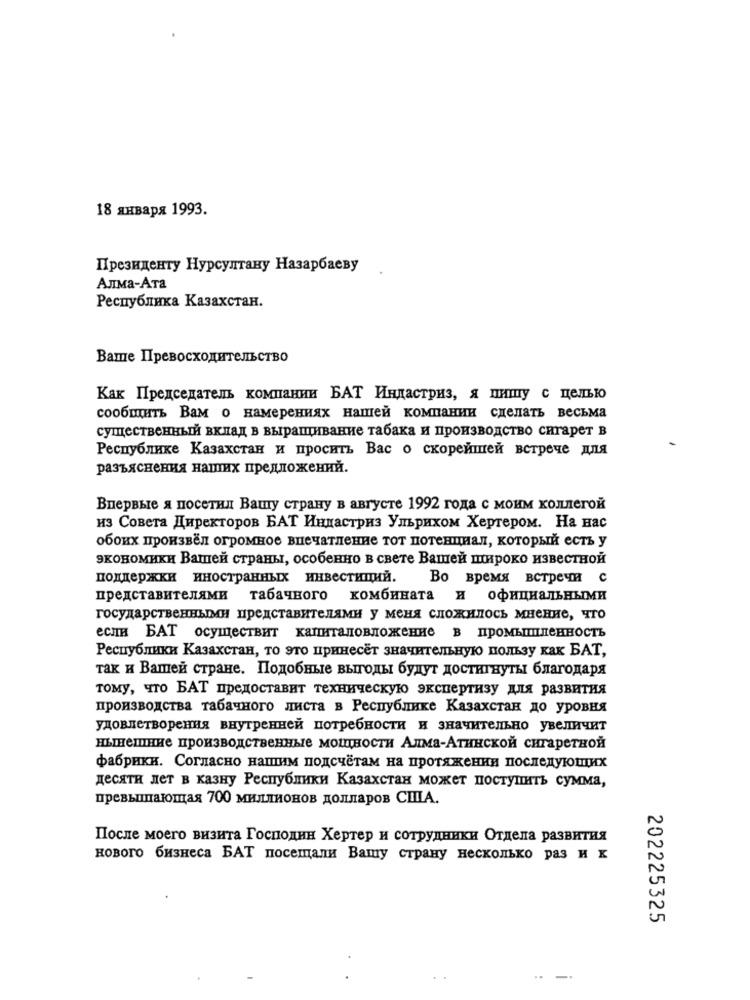
18 января 1993.
Президенту Нурсултану Назарбаеву
Алма-Ата
Республика Казахстан.
Ваше Превосходительство
Как Председатель компании БАТ Индастриз, я пишу с целью
сообщить Вам о намерениях нашей компании сделать весьма
существенный вклад в выращивание табака и производство сигарет в
Республике Казахстан и просить Вас о скорейшей встрече для
разъяснения наших предложений.
Впервые я посетил Вашу страну в августе 1992 года с моим коллегой
из Совета Директоров БАТ Индастриз Ульрихом Хертером. На нас
обоих произвёл огромное впечатление тот потенциал, который есть у
экономики Вашей страны, особенно в свете Вашей широко известной
поддержки иностранных инвестиций.
Во время встречи с
представителями
табачного комбината и официальными
государственными представителями у меня сложилось мнение, что
если БАТ осуществит капиталовложение в промышленность
Республики Казахстан, то это принесёт значительную пользу как БАТ,
так и Вашей стране. Подобные выгоды будут достигнуты благодаря
тому, что БАТ предоставит техническую экспертизу для развития
производства табачного листа в Республике Казахстан до уровня
удовлетворения внутренней потребности и значительно увеличит
нынешние производственные мощности Алма-Атинской сигаретной
фабрики. Согласно нашим подсчётам на протяжении последующих
десяти лет в казну Республики Казахстан может поступить сумма,
превышающая 700 миллионов долларов США.
После моего визита Господин Хертер и сотрудники Отдела развития
нового бизнеса БАТ посещали Вашу страну несколько раз и к
202225325
..